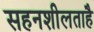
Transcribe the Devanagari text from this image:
सहनशीलताहै